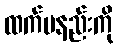
ထက်မနည်းကို